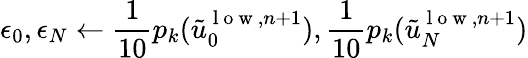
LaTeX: \epsilon_{0},\epsilon_{N}\gets\frac{1}{10}p_{k}(\tilde{u}_{0}^{\mathrm{~l~o~w~},n+1}),\frac{1}{10}p_{k}(\tilde{u}_{N}^{\mathrm{~l~o~w~},n+1})